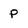
Character: P